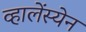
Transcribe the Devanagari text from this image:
व्हालेंस्येन